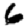
Digit: 6